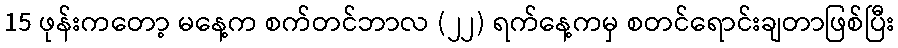
15 ဖုန်းကတော့ မနေ့က စက်တင်ဘာလ (၂၂) ရက်နေ့ကမှ စတင်ရောင်းချတာဖြစ်ပြီး